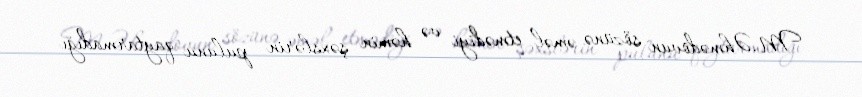
M.Əhmədovun sözünə əməl etmədiyi və həmin şəxslərin pulunu qaytarmadığı